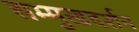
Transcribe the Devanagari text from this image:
सम्मुखदर्शन